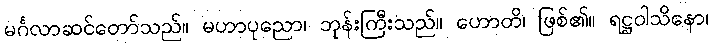
မင်္ဂလာဆင်တော်သည်။ မဟာပုညော၊ ဘုန်းကြီးသည်။ ဟောတိ၊ ဖြစ်၏။ ရဋ္ဌဝါသိနော၊